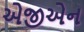
એજીએન